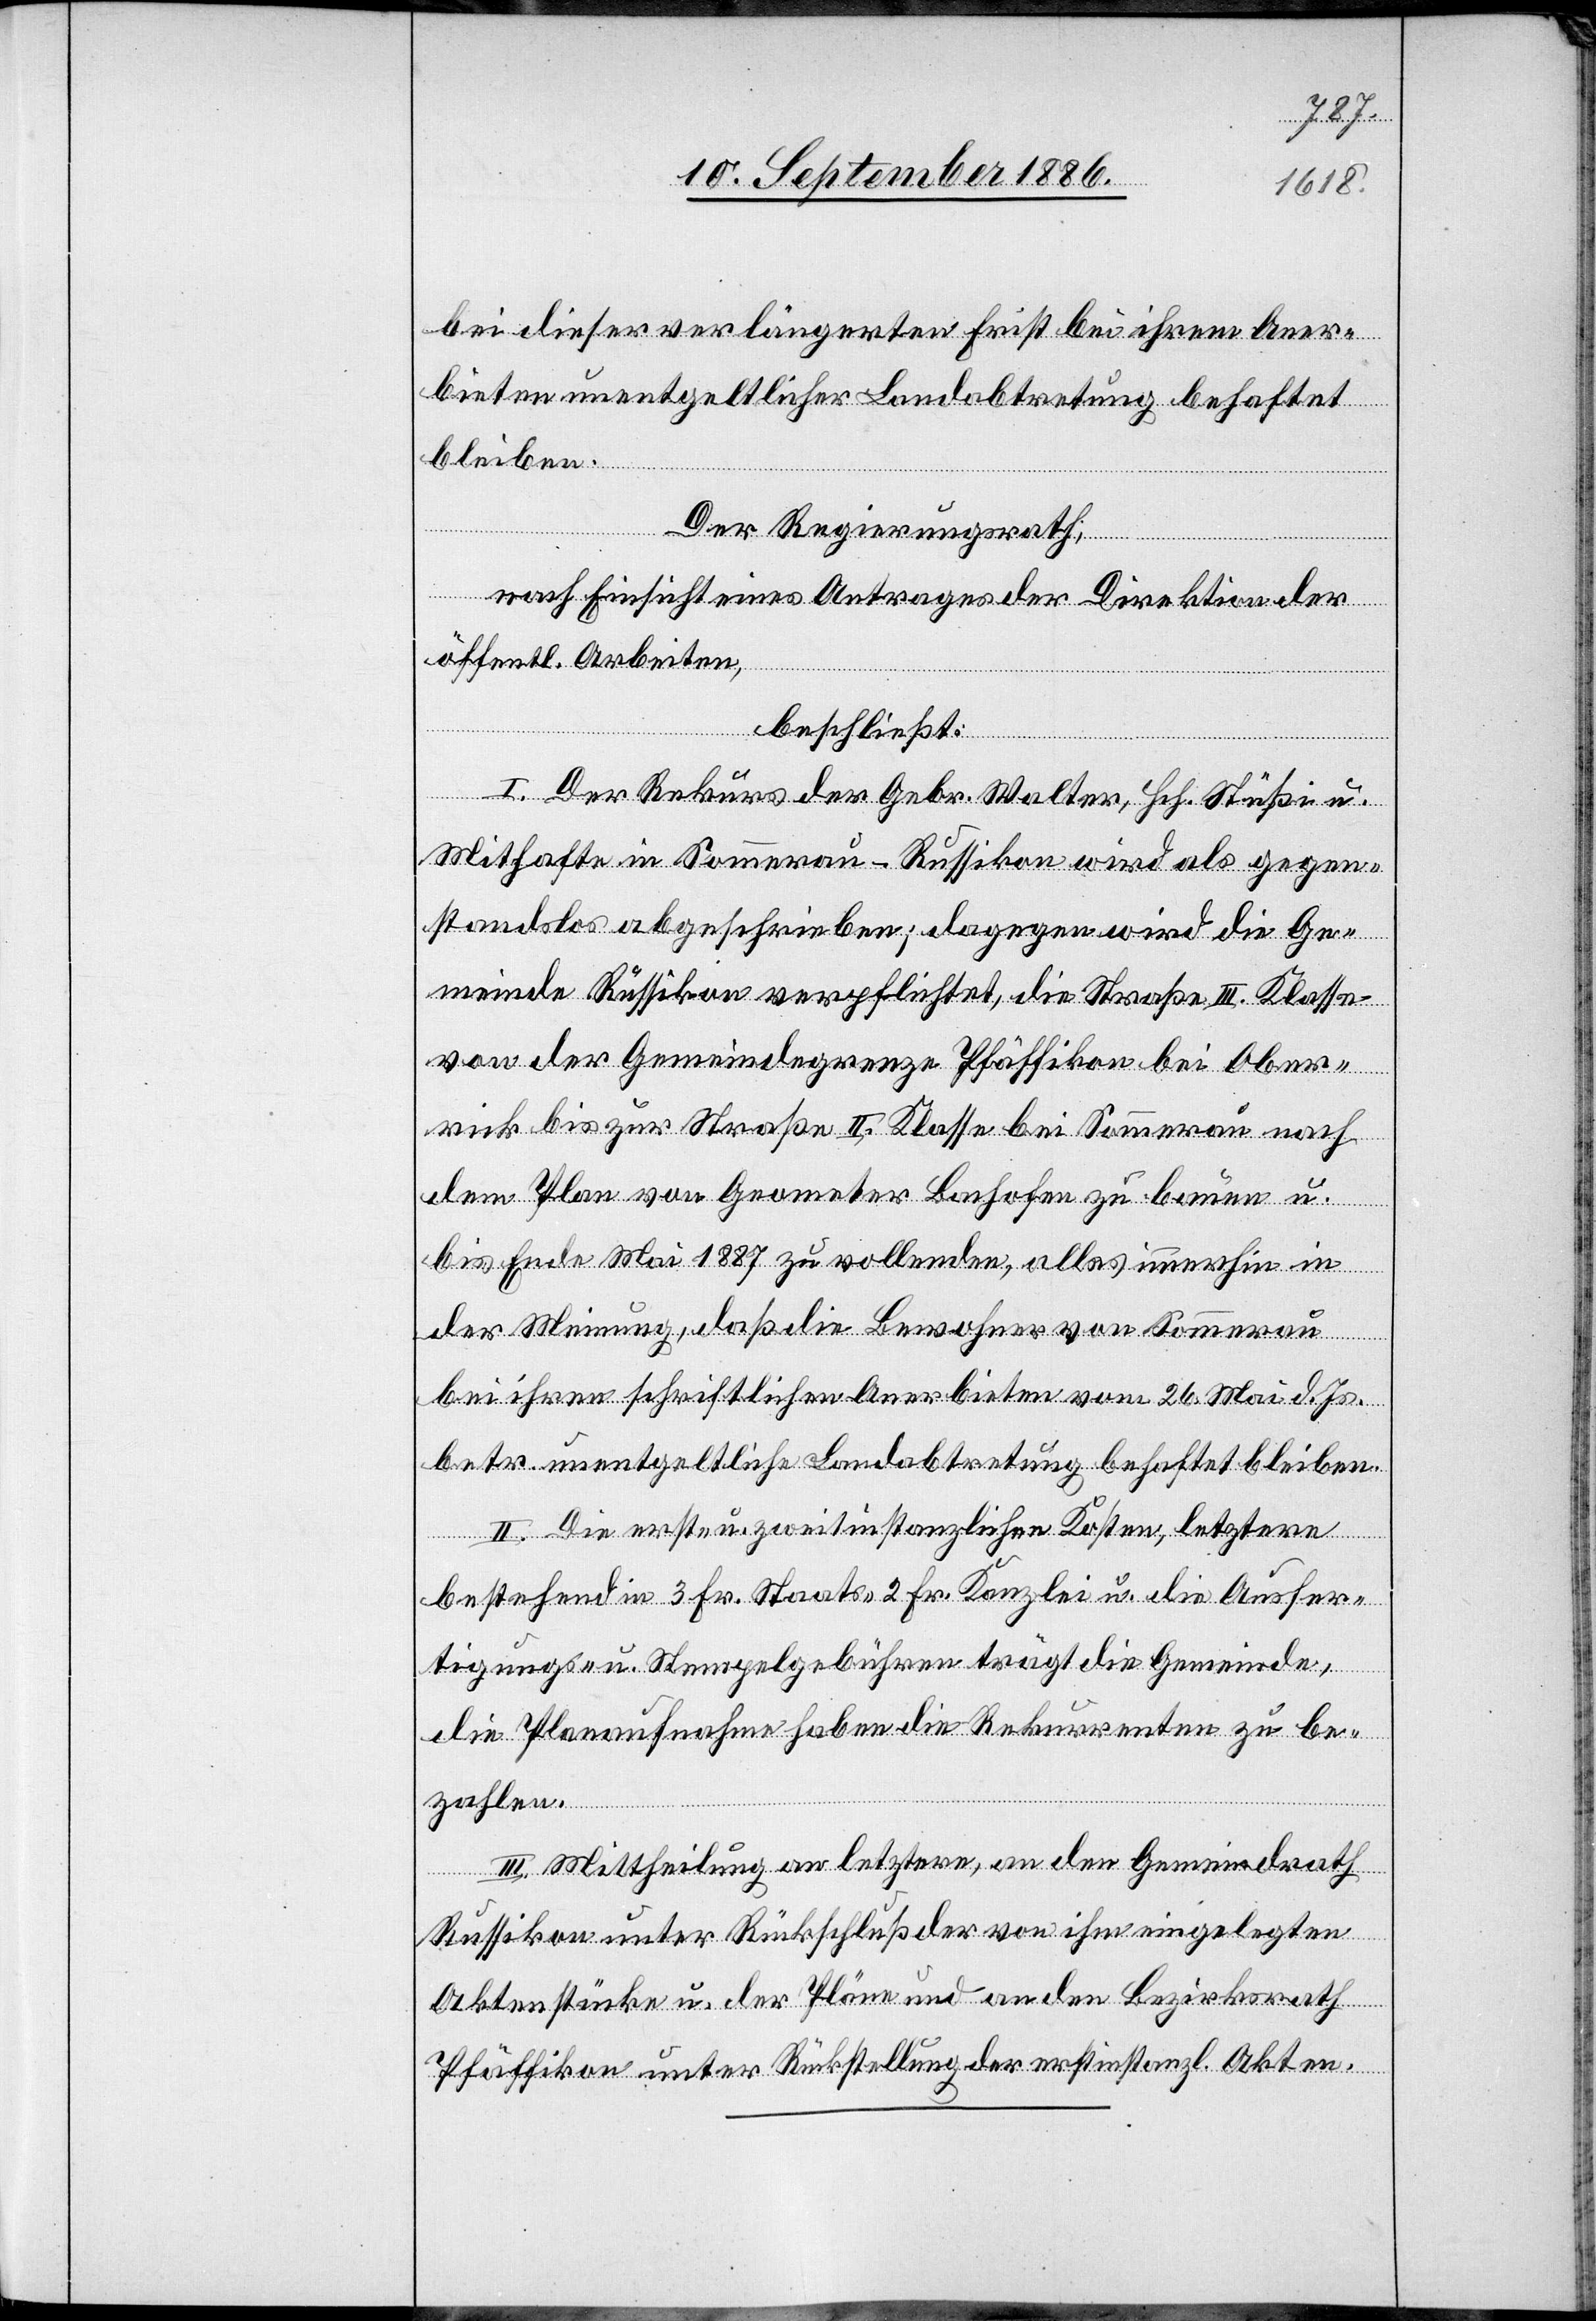
bei dieser verlängerten Frist bei ihrem Aner¬
bieten unentgeltlicher Landabtretung behaftet
bleiben.
Der Regierungsrath,
nach Einsicht eines Antrages der Direktion der
öffentl. Arbeiten,
beschließt:
I. Der Rekurs der Gebr. Walter, Hch. Stüßi u.
Mithafte in Sommerau - Russikon wird als gegen¬
standslos abgeschrieben; dagegen wird die Ge¬
meinde Russikon verpflichtet, die Straße III. Klasse
von der Gemeindegrenze Pfäffikon bei Ober¬
rick bis zur Straße II. Klasse bei Sommerau nach
dem Plan von Geometer Bachofen zu bauen u.
bis Ende 1887 zu vollenden, alles immerhin in
der Meinung, daß die Bewohner von Sommerau
bei ihren schriftlichen Anerbieten vom 26. Mai d. Js.
betr. unentgeltliche Landabtretung behaftet bleiben.
II. Die erst- u. zweitinstanzlichen Kosten, letztere
bestehend in 3 Fr. Staats-, 2 Fr. Kanzlei- u. die Ausfer¬
tigungs- u. Stempelgebühren trägt die Gemeinde,
die Planaufnahme haben die Rekurrenten zu be¬
zahlen.
III. Mittheilung an letztere, an den Gemeindrath
Russikon unter Rückschluß der von ihm eingelegten
Aktenstücke u. der Pläne und an den Bezirksrath
Pfäffikon unter Rückstellung der erstinstanzl. Akten.